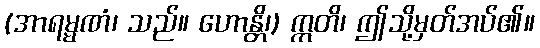
(အာရမ္မဏံ၊ သည်။ ဟောန္တိ၊) ဣတိ၊ ဤသို့မှတ်အပ်၏။